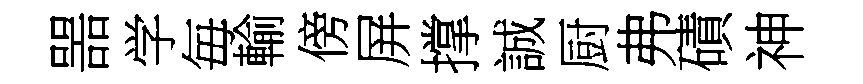
噐学毎輸傍屏撑誠厨弗磧神